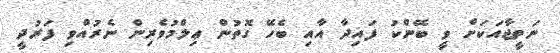
ނަތީޖާއަކަށް ވީ ބޭންކު ފައިދާ އާއި ބެހޭ ގޮތުން ޢިލްމުވެރިން ނެރުއްވި ފަރުދީ